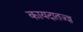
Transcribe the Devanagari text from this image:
कायदातज्ज्ञ